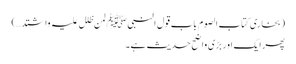
(بخاری کتاب الصوم باب قول النبیﷺ لمن ظلل علیہ واشتد…)
پھر ایک اور بڑی واضح حدیث ہے۔